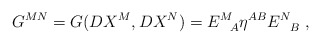
\begin{align*}G^{M N}=G(DX^M, DX^N) = E^{M~}_{~~A}\eta^{AB} E^N_{~~B}~,\end{align*}